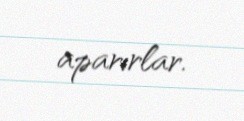
aparırlar.